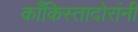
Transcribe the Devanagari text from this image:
काँकिस्तादोरांनी